Annual report of the Civil Veterinary Department, Bengal, and of the Bengal Veterinary College, for the year 1900-1901 - 1900-1901
Year: 1900
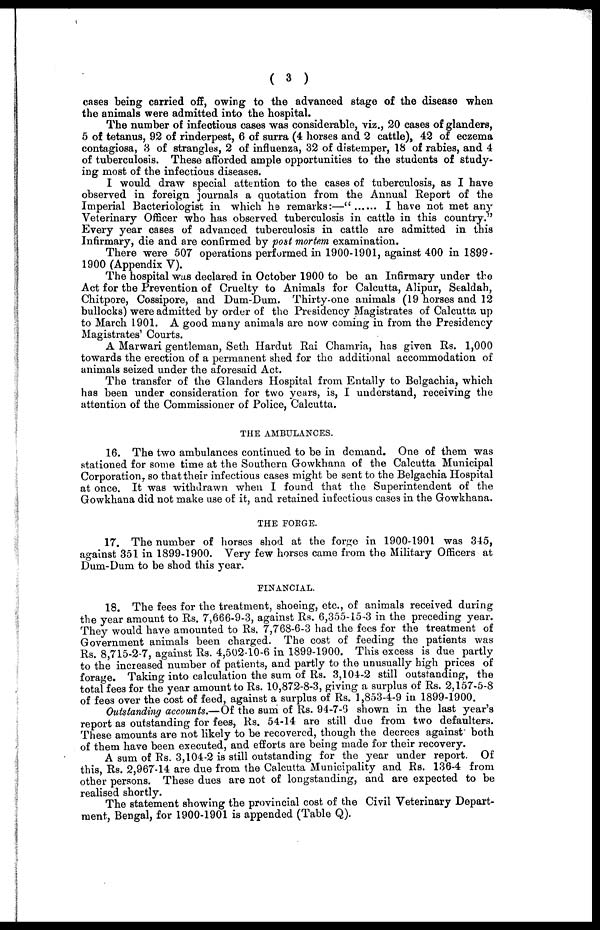
( 3 )
cases being carried off, owing to the advanced stage of the disease when
the animals were admitted into the hospital.
The number of infectious cases was considerable, viz., 20 cases of glanders,
5 of tetanus, 92 of rinderpest, 6 of surra (4 horses and 2 cattle), 42 of eczema
contagiosa, 3 of strangles, 2 of influenza, 32 of distemper, 18 of rabies, and 4
of tuberculosis. These afforded ample opportunities to the students of study-
ing most of the infectious diseases.
I would draw special attention to the cases of tuberculosis, as I have
observed in foreign journals a quotation from the Annual Report of the
Imperial Bacteriologist in which he remarks:—"
I have not met any
Veterinary Officer who has observed tuberculosis in cattle in this country."
Every year cases of advanced tuberculosis in cattle are admitted in this
Infirmary, die and are confirmed by post mortem examination.
There were 507 operations performed in 1900-1901, against 400 in 1899-
1900 (Appendix V).
The hospital was declared in October 1900 to be an Infirmary under the
Act for the Prevention of Cruelty to Animals for Calcutta, Alipur, Sealdah,
Chitpore, Cossipore, and Dum-Dum. Thirty-one animals (19 horses and 12
bullocks) were admitted by order of the Presidency Magistrates of Calcutta up
to March 1901. A good many animals are now coming in from the Presidency
Magistrates' Courts.
A Marwari gentleman, Seth Hardut Rai Chamria, has given Rs. 1,000
towards the erection of a permanent shed for the additional accommodation of
animals seized under the aforesaid Act.
The transfer of the Glanders Hospital from Entally to Belgachia, which
has been under consideration for two years, is, I understand, receiving the
attention of the Commissioner of Police, Calcutta.
THE AMBULANCES.
16. The two ambulances continued to be in demand. One of them was
stationed for some time at the Southern Gowkhana of the Calcutta Municipal
Corporation, so that their infectious cases might be sent to the Belgachia Hospital
at once. It was withdrawn when I found that the Superintendent of the
Gowkhana did not make use of it, and retained infectious cases in the Gowkhana.
THE FORGE.
17. The number of horses shod at the forge in 1900-1901 was 345,
against 351 in 1899-1900. Very few horses came from the Military Officers at
Dum-Dum to be shod this year.
FINANCIAL.
18. The fees for the treatment, shoeing, etc., of animals received during
the year amount to Rs. 7,666-9-3, against Rs. 6,355-15-3 in the preceding year.
They would have amounted to Rs. 7,768-6-3 had the fees for the treatment of
Government animals been charged. The cost of feeding the patients was
Rs. 8,715-2-7, against Rs. 4,502-10-6 in 1899-1900. This excess is due partly
to the increased number of patients, and partly to the unusually high prices of
forage. Taking into calculation the sum of Rs. 3,104-2 still outstanding, the
total fees for the year amount to Rs. 10,872-8-3, giving a surplus of Rs. 2,157-5-8
of fees over the cost of feed, against a surplus of Rs. 1,853-4-9 in 1899-1900.
Outstanding accounts.—Of the sum of Rs. 94-7-6 shown in the last year's
report as outstanding for fees, Rs. 54-14 are still due from two defaulters.
These amounts are not likely to be recovered, though the decrees against both
of them have been executed, and efforts are being made for their recovery.
A sum of Rs. 3,104-2 is still outstanding for the year under report. Of
this, Rs. 2,967-14 are due from the Calcutta Municipality and Rs. 136-4 from
other persons. These dues are not of longstanding, and are expected to be
realised shortly.
The statement showing the provincial cost of the Civil Veterinary Depart-
ment, Bengal, for 1900-1901 is appended (Table Q).